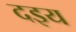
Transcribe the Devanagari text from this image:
दइय